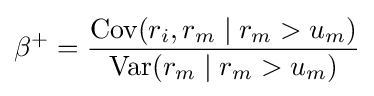
\beta ^{+}={\frac {\operatorname {Cov} (r_{i},r_{m}\mid r_{m}>u_{m})}{\operatorname {Var} (r_{m}\mid r_{m}>u_{m})}}